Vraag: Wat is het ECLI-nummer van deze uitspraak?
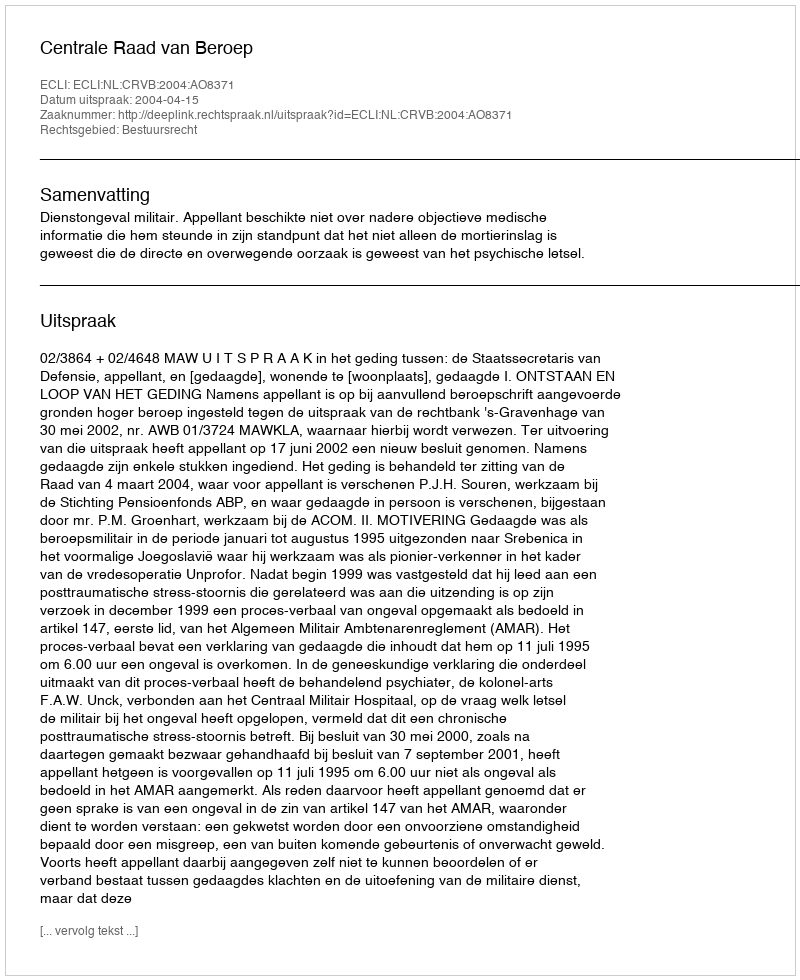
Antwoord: ECLI:NL:CRVB:2004:AO8371